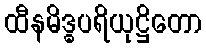
ထီနမိဒ္ဓပရိယုဋ္ဌိတော